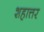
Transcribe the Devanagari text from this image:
शहात्तर